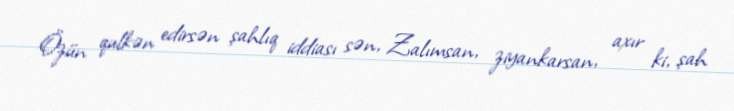
Özün qulkən edirsən şahlıq iddiası sən, Zalımsan, ziyankarsan, axır ki, şah